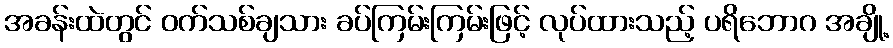
အခန်းထဲတွင် ဝက်သစ်ချသား ခပ်ကြမ်းကြမ်းဖြင့် လုပ်ထားသည့် ပရိဘောဂ အချို့